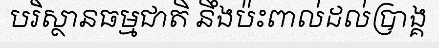
បរិស្ថានធម្មជាតិ នឹងប៉ះពាល់ដល់ប្រាង្គ